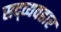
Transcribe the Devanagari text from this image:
सद्‍व्यवहार